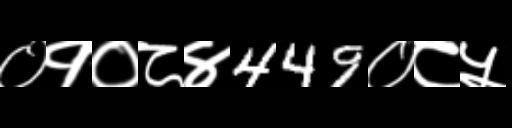
Text: ०१०८४449०८५